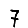
Digit: 7